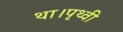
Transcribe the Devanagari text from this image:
था।पृथ्वी